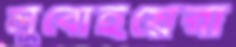
লুবোইয়েরা